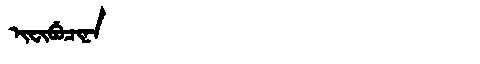
Manchu: ᡳᠸᡳᠪᡠᠴᡳᠨᠠ
Romanization: IFIBUCINA